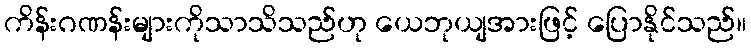
ကိန်းဂဏန်းများကိုသာသိသည်ဟု ယေဘုယျအားဖြင့် ပြောနိုင်သည်။